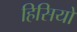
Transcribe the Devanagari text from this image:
हिसियों